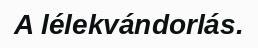
A lélekvándorlás.